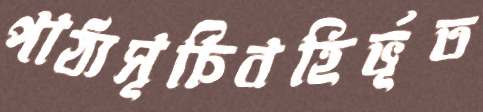
পাঠ্যসূচিবহির্ভূত